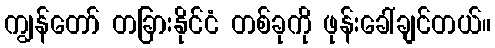
ကျွန်တော် တခြားနိုင်ငံ တစ်ခုကို ဖုန်းခေါ်ချင်တယ်။